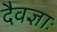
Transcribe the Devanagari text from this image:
दैवज्ञाः